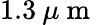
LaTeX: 1.3\: \mu\mathrm{~m~}